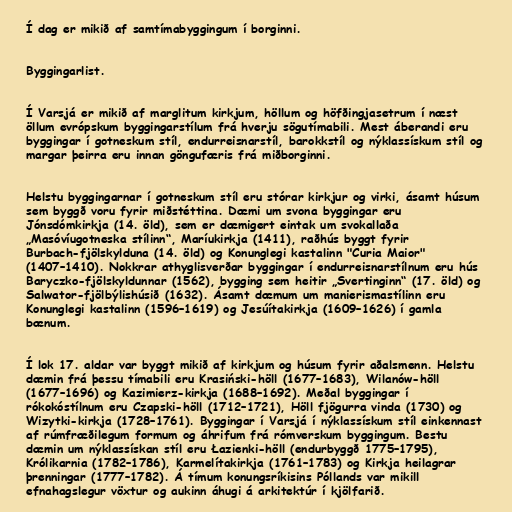
Í dag er mikið af samtímabyggingum í borginni.

Byggingarlist.

Í Varsjá er mikið af marglitum kirkjum, höllum og höfðingjasetrum í næst
öllum evrópskum byggingarstílum frá hverju sögutímabili. Mest áberandi eru
byggingar í gotneskum stíl, endurreisnarstíl, barokkstíl og nýklassískum stíl og
margar þeirra eru innan göngufæris frá miðborginni.

Helstu byggingarnar í gotneskum stíl eru stórar kirkjur og virki, ásamt húsum
sem byggð voru fyrir miðstéttina. Dæmi um svona byggingar eru
Jónsdómkirkja (14. öld), sem er dæmigert eintak um svokallaða
„Masóvíugotneska stílinn“, Maríukirkja (1411), raðhús byggt fyrir
Burbach-fjölskylduna (14. öld) og Konunglegi kastalinn "Curia Maior"
(1407–1410). Nokkrar athyglisverðar byggingar í endurreisnarstílnum eru hús
Baryczko-fjölskyldunnar (1562), bygging sem heitir „Svertinginn“ (17. öld) og
Salwator-fjölbýlishúsið (1632). Ásamt dæmum um manierismastílinn eru
Konunglegi kastalinn (1596–1619) og Jesúítakirkja (1609–1626) í gamla
bænum.

Í lok 17. aldar var byggt mikið af kirkjum og húsum fyrir aðalsmenn. Helstu
dæmin frá þessu tímabili eru Krasiński-höll (1677–1683), Wilanów-höll
(1677–1696) og Kazimierz-kirkja (1688–1692). Meðal byggingar í
rókokóstílnum eru Czapski-höll (1712–1721), Höll fjögurra vinda (1730) og
Wizytki-kirkja (1728–1761). Byggingar í Varsjá í nýklassískum stíl einkennast
af rúmfræðilegum formum og áhrifum frá rómverskum byggingum. Bestu
dæmin um nýklassískan stíl eru Łazienki-höll (endurbyggð 1775–1795),
Królikarnia (1782–1786), Karmelítakirkja (1761–1783) og Kirkja heilagrar
þrenningar (1777–1782). Á tímum konungsríkisins Póllands var mikill
efnahagslegur vöxtur og aukinn áhugi á arkitektúr í kjölfarið.